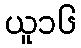
ယူ၁၆